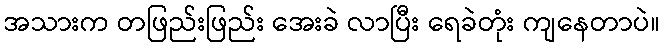
အသားက တဖြည်းဖြည်း အေးခဲ လာပြီး ရေခဲတုံး ကျနေတာပဲ။